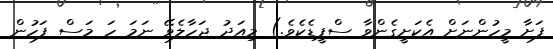
ފަށާ މީހުންނަށް އެކަށީގެންވާ ސްޕީޑެކެވެ.) މިއަދު ޖަހާލެވޭ ނަމަ ހަ މަސް ފަހުން